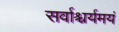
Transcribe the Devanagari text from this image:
सर्वाश्चर्यमयं